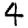
Digit: 4